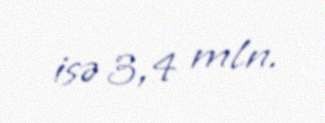
isə 3,4 mln.